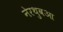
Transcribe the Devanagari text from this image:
नेरथुवआ